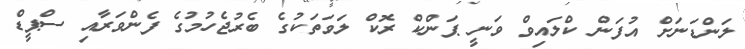
ލަންޑަނަށް އުފަން ކްލައިވް ވަނީ ޕަންކް ރޮކް ލަވަތަކުގެ ބެރުޖެހުމުގެ ފެންވަރާއި ސްޕީޑް